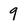
Character: 9